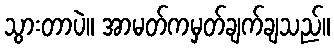
သွားတာပဲ။ အာမတ်ကမှတ်ချက်ချသည်။